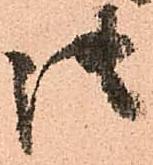
御